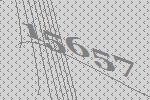
15657